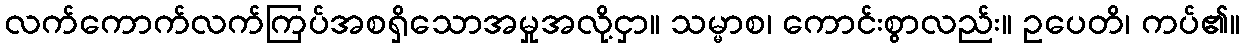
လက်ကောက်လက်ကြပ်အစရှိသောအမှုအလို့ငှာ။ သမ္မာစ၊ ကောင်းစွာလည်း။ ဥပေတိ၊ ကပ်၏။